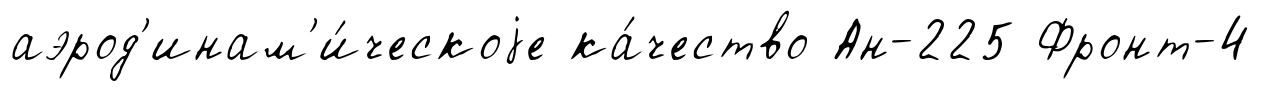
аэрод'инам'и́ческоjе ка́чество Ан-225 Фронт-4